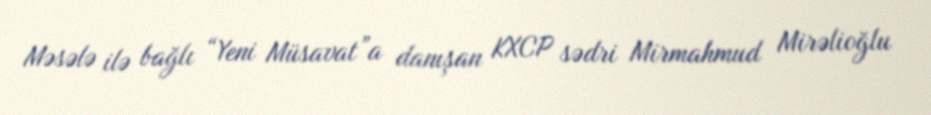
Məsələ ilə bağlı “Yeni Müsavat”a danışan KXCP sədri Mirmahmud Mirəlioğlu